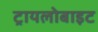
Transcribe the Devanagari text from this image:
ट्रायलोबाइट